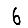
Digit: 6